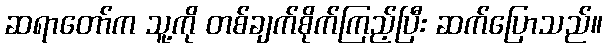
ဆရာတော်က သူ့ကို တစ်ချက်စိုက်ကြည့်ပြီး ဆက်ပြောသည်။